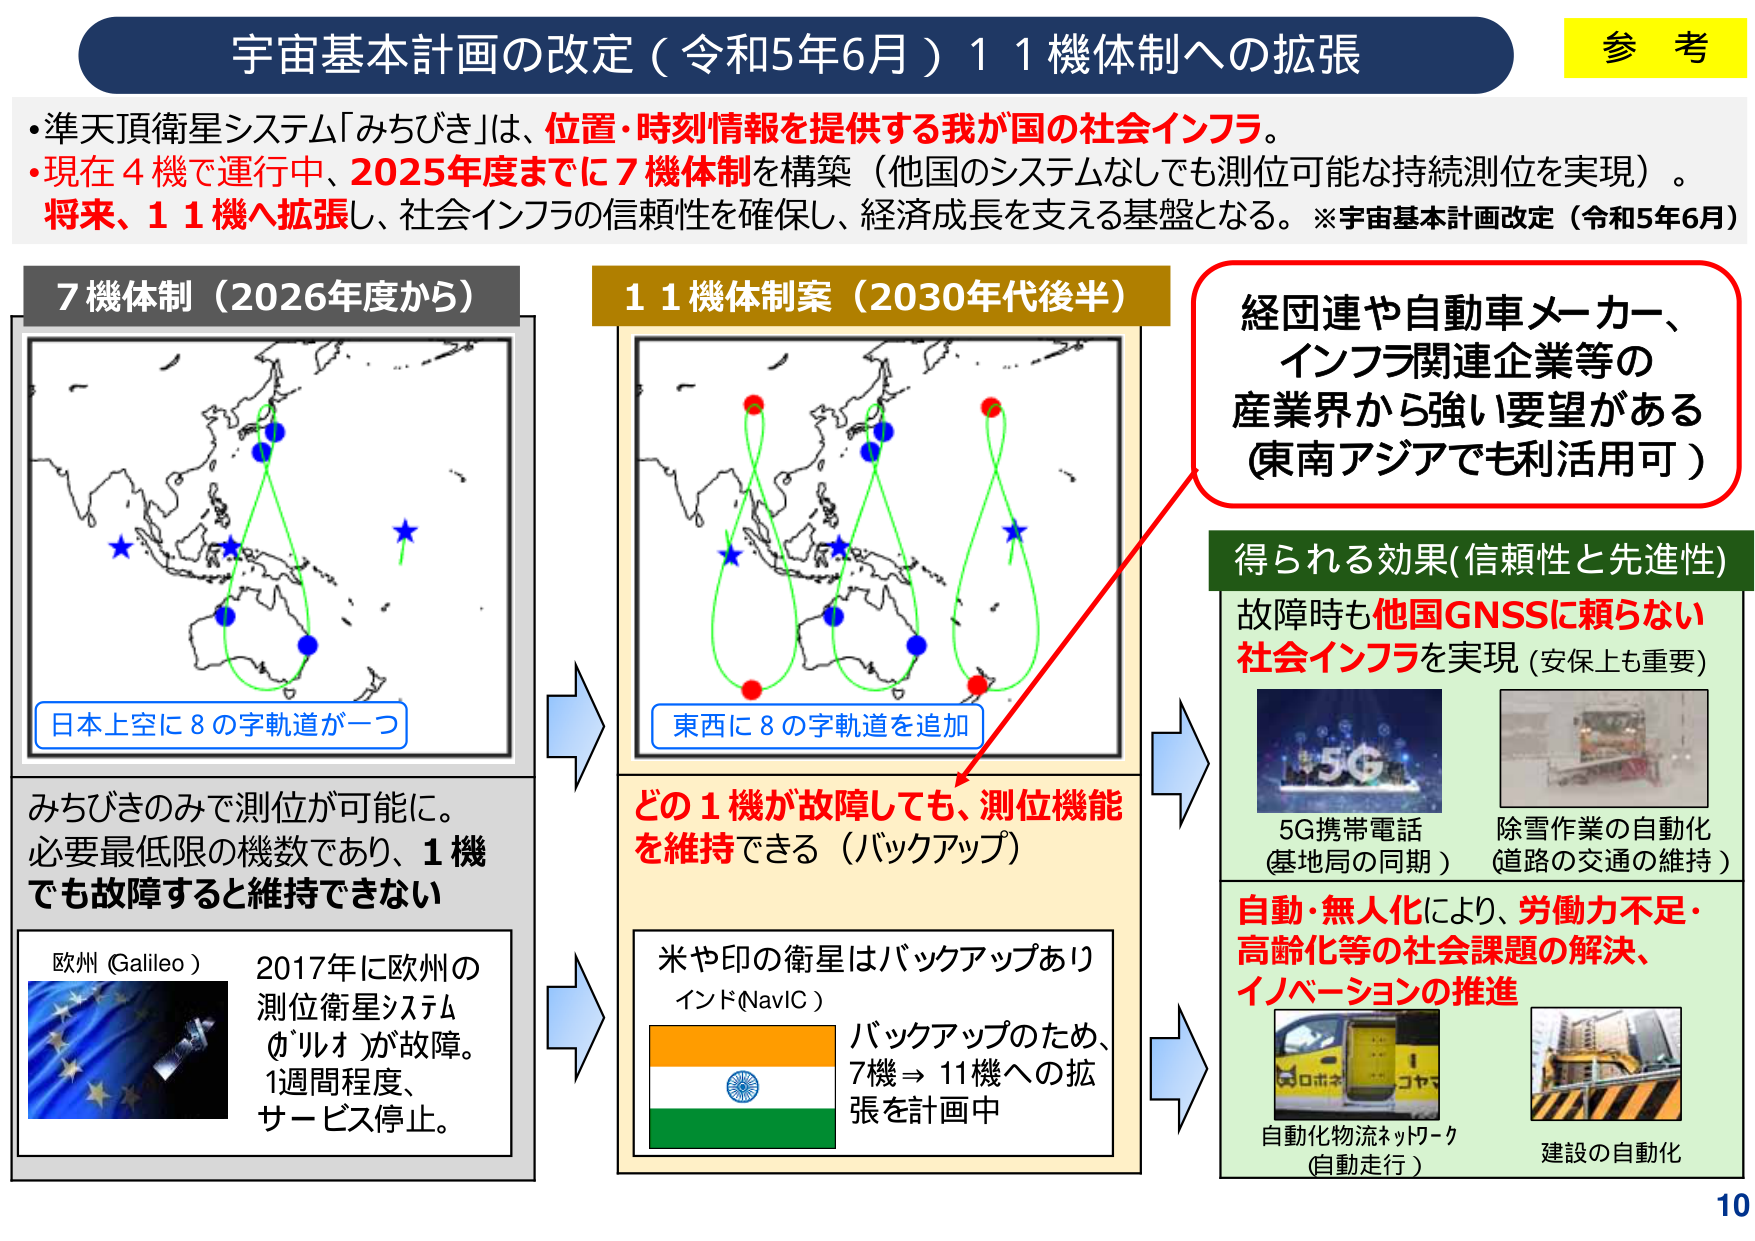
宇宙基本計画の改定（令和5年6月）11機体制への拡張

・準天頂衛星システム「みちびき」は、位置・時刻情報を提供する我が国の社会インフラ。
・現在4機で運行中、2025年度までに7機体制を構築（他国のシステムなしでも測位可能な持続測位を実現）。
将来、11機へ拡張し、社会インフラの信頼性を確保し、経済成長を支える基盤となる。※宇宙基本計画改定（令和5年6月）

7機体制（2026年度から）
日本上空に8の字軌道が一つ
みちびきのみで測位が可能に。
必要最低限の機数であり、1機でも故障すると維持できない
欧州（Galileo）
2017年に欧州の測位衛星システム「ガリオ」が故障。
1週間程度、サービス停止。

11機体制案（2030年代後半）
東西に8の字軌道を追加
どの1機が故障しても、測位機能を維持できる（バックアップ）
米や印の衛星はバックアップあり
インド（NavIC）
バックアップのため、7機→11機への拡張を計画中

経団連や自動車メーカー、インフラ関連企業等の産業界から強い要望がある（東南アジアでも利活用可）

得られる効果（信頼性と先進性）
故障時も他国GNSSに頼らない社会インフラを実現（安保上も重要）
5G携帯電話（基地局の同期）
除雪作業の自動化（道路の交通の維持）
自動・無人化により、労働力不足・高齢化等の社会課題の解決、イノベーションの推進
自動化物流ネットワーク（自動走行）
建設の自動化

参考
10